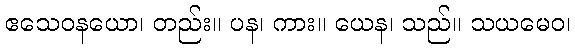
ဧသေဝနယော၊ တည်း။ ပန၊ ကား။ ယေန၊ သည်။ သယမေဝ၊